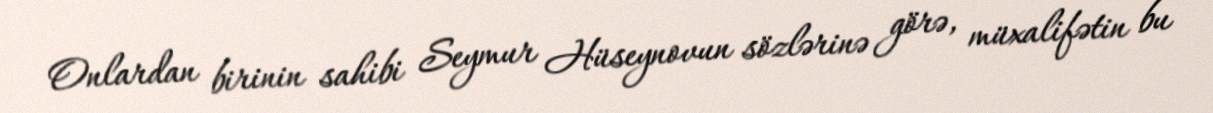
Onlardan birinin sahibi Seymur Hüseynovun sözlərinə görə, müxalifətin bu